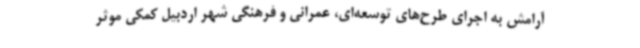
آرامش به اجرای طرح‌های توسعه‌ای، عمرانی و فرهنگی شهر اردبیل کمکی موثر